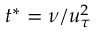
t ^ { * } = \nu / u _ { \tau } ^ { 2 }